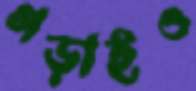
গড়াইও